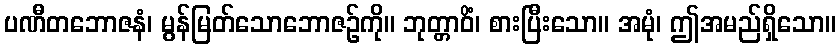
ပဏီတဘောဇနံ၊ မွန်မြတ်သောဘောဇဉ်ကို။ ဘုတ္တာဝိံ၊ စားပြီးသော။ အမုံ၊ ဤအမည်ရှိသော။